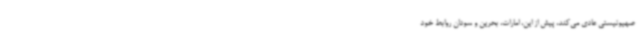
صهیونیستی عادی می‌کند، پیش از این، امارات، بحرین و سودان روابط خود